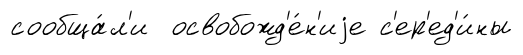
сообща́л'и освобожд'е́н'иjе с'ер'ед'и́ны